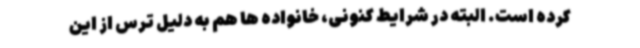
کرده است. البته در شرایط کنونی، خانواده ها هم به دلیل ترس از این